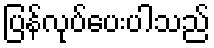
ပြန်လုပ်ပေးပါသည်